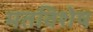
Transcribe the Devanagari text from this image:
मतविशेष